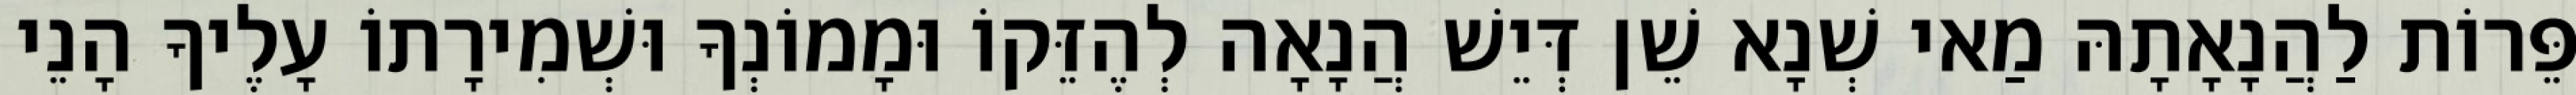
פֵּרוֹת לַהֲנָאָתָהּ מַאי שְׁנָא שֵׁן דְּיֵשׁ הֲנָאָה לְהֶזֵּקוֹ וּמָמוֹנְךָ וּשְׁמִירָתוֹ עָלֶיךָ הָנֵי